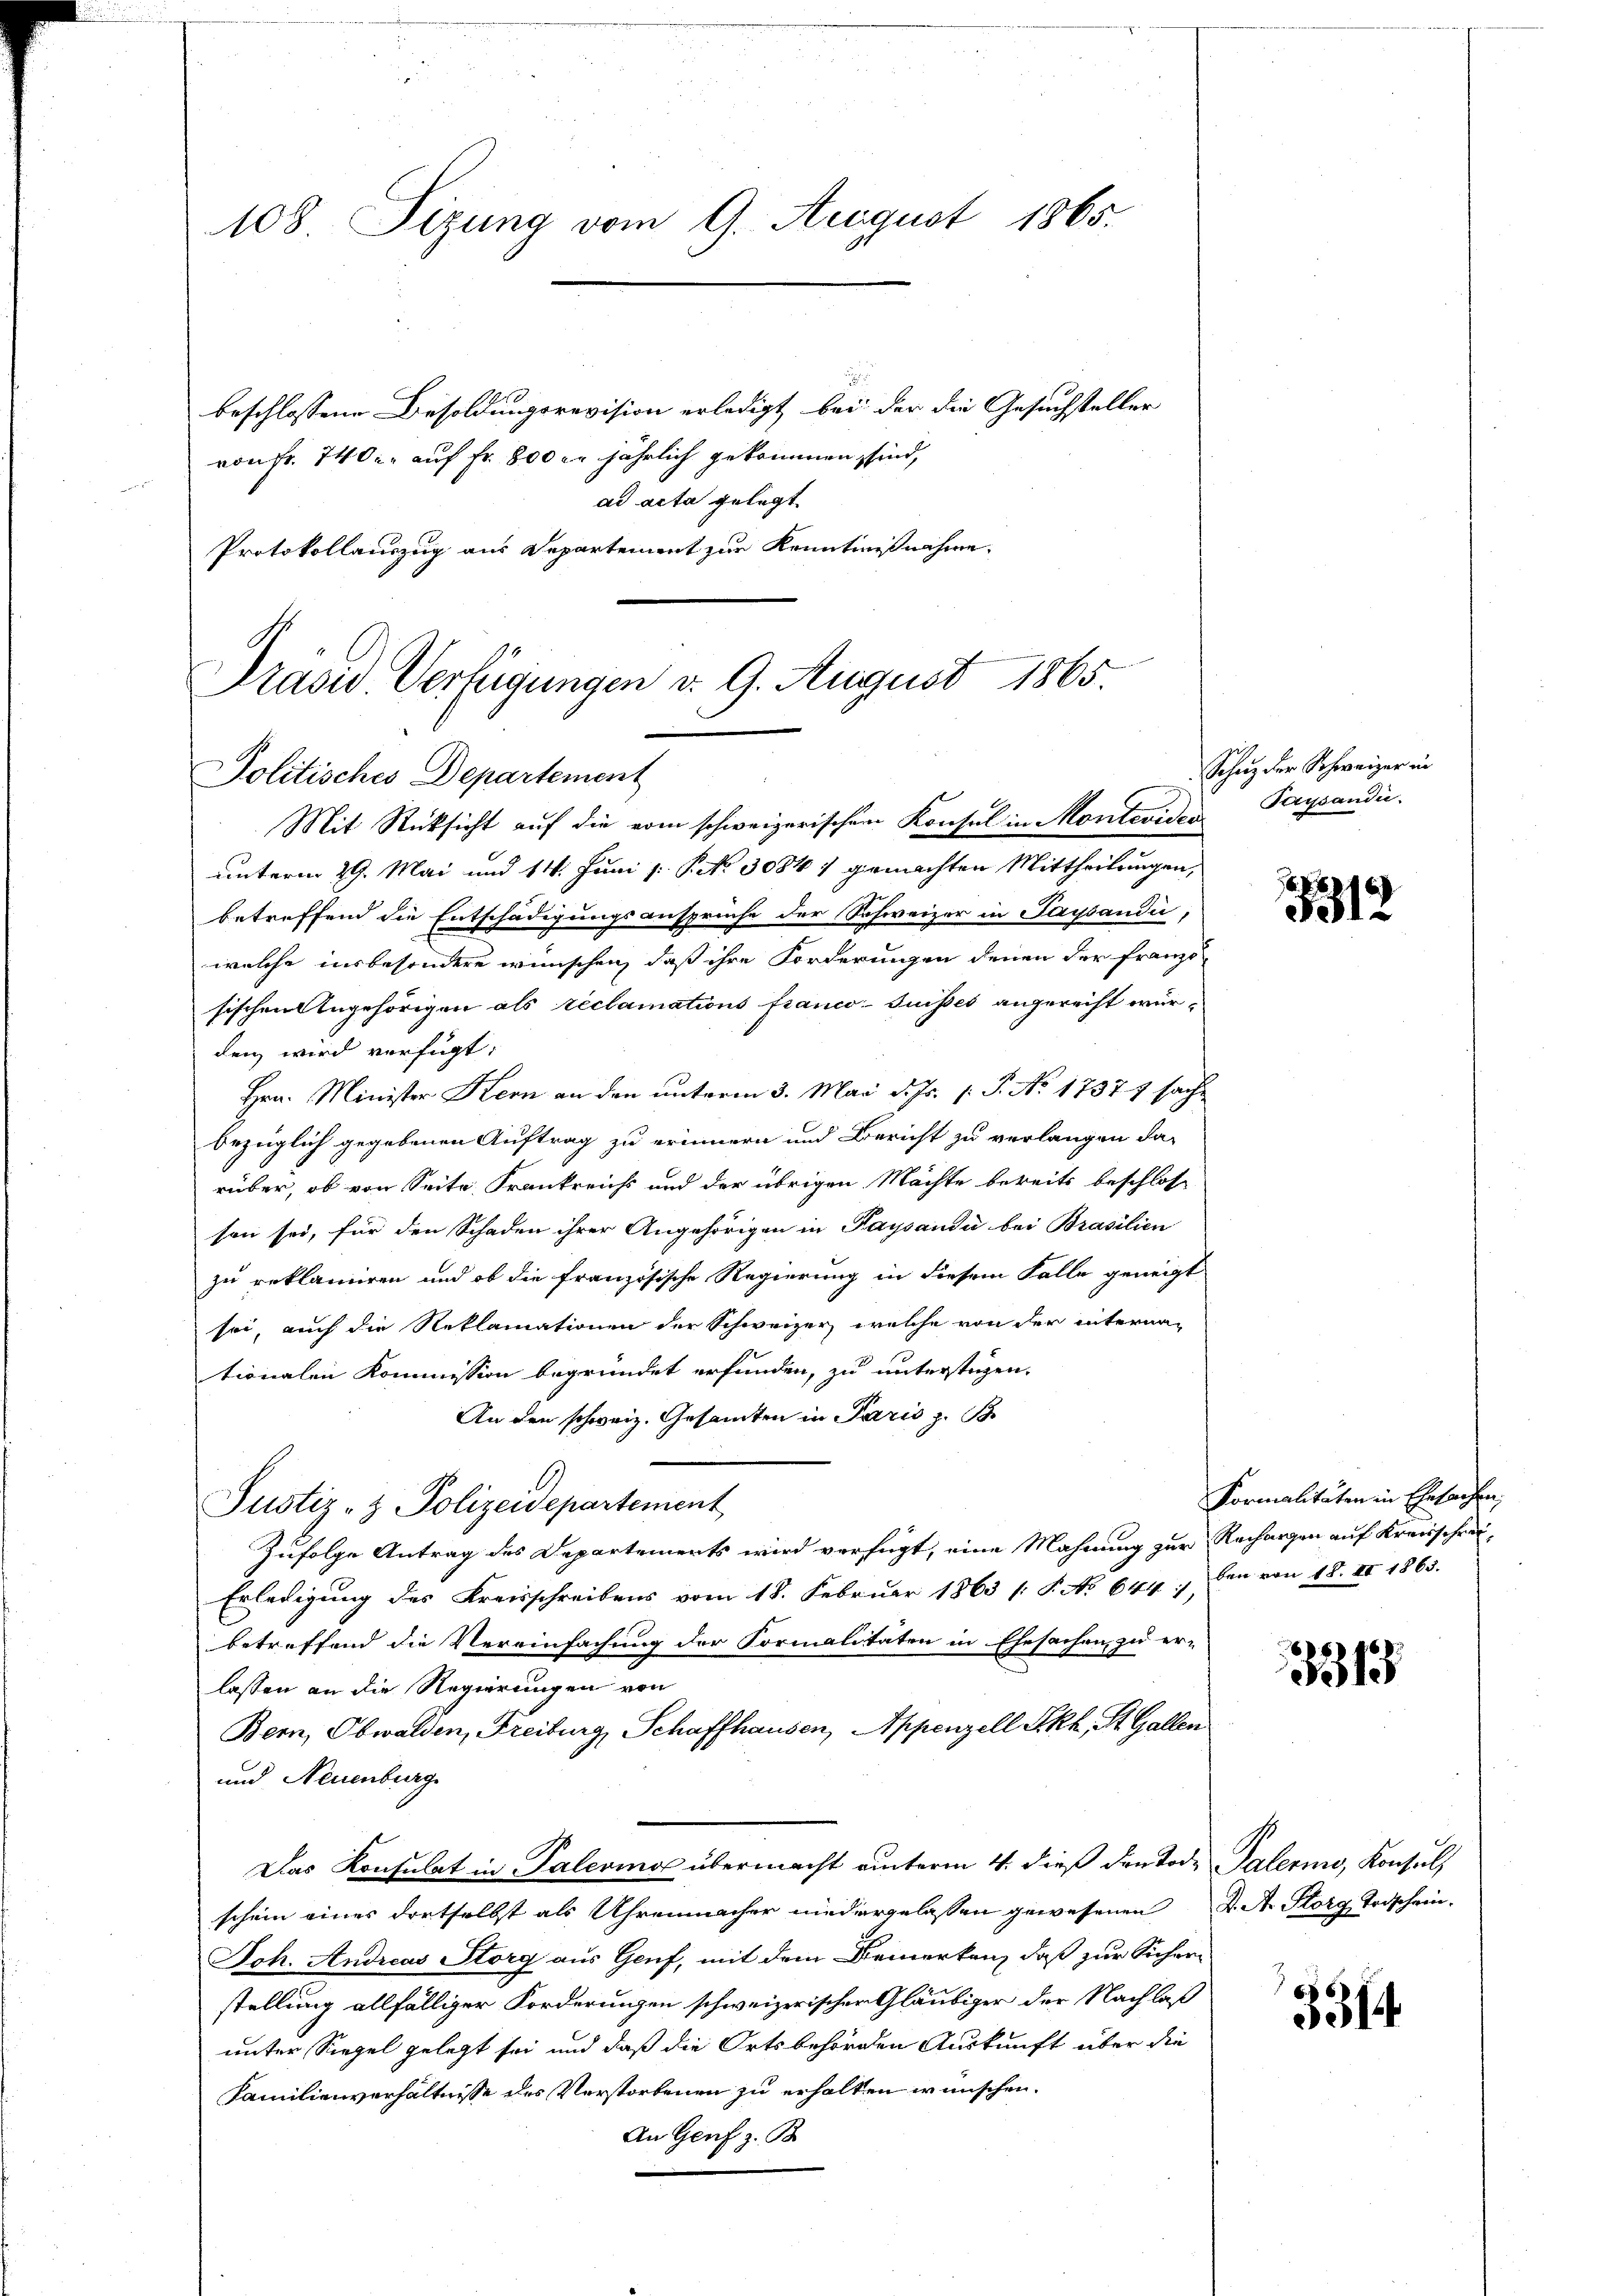
108. Sizung vom 9. August 1865.
beschlossene Besoldungsrevision erledigt bei der die Gesuchsteller
von Fr. 740. auf Fr. 800 er jährlich gekommen sind,

ad acta gelegt.
Protokollauszug aus Departement zur Kenntnißnahme.

Präsid. Verfügungen v. 9. August 1865.
Politisches Departement
Mit Rücksicht aŭf die vom schweizerischen Konsul in Monteviden Paysaudii.

unterm 29. Mai und 14. Juni v. P. No. 30841 gemachten Mittheilungen,
betreffend die Entschädigungsanspruche der Schweizer in Paysaudii,
welche insbesondere wünschen, daß ihre Forderungen denen der franzö-
sischen Angehörigen als reclamations franco-Suisses angereiht wurden wird verfügt:
Hrn. Minister Kern an den unterm 3. Mai d. Js. s. S. No. 17377 sache
bezüglich gegebenen Auftrag zu erinnern und Bericht zu verlangen da-
rüber, ob von Seite Frankreichs und der übrigen Mächte bereits beschlos
son sei, für den Schaden ihrer Angehörigen in Paysaudii bei Brasilien
zu reklamiren und ob die französische Regierung in diesem Falle geneigt
sei, auch die Reklamationen der Schweizer, welche von der internationalen Kommission begründet erfunden, zu unterstüzen.
An den schweiz. Gesamten in Paris z. B.
Justiz- & Polizeidepartement
Zufolge Antrag des Departements wird verfügt, eine Mahnung zur Rechargen auf Kreisschrei¬
Erledigung des Kreisschreibens vom 18. Februar 1863 /: P. No 644. Den von 18. II 1863.
betreffend die Vereinfachung der Formalitäten in Ehesachen zu er-
lassen an die Regierungen von
Bern, Obwalden, Freiburg, Schaffhausen, Appenzell Akk, St. Gallen
und Neuenburg
Das Konsulat in Palerinos übermacht unterm 4. dieß den Tod. Palerin, Konsul,
schein eines dortselbst als Uhrenmacher niedergelassen gewesenen K. A. Storg Todschein.
Joh. Andreas Storg aus Genf, mit dem Bemerken, daß zur Sicherstellung allfälliger Forderungen schweizerischer Gläubiger der Nachlaß
unter Siegel gelegt sei und daß die Ortsbehörden Auskunft über die
Familienverhältnisse des Verstorbenen zu erhalten wünschen.
An Genf z. B.

Sitzung der Schweizer in

5312

Formalitäten in Ehesachen,

3313

3314